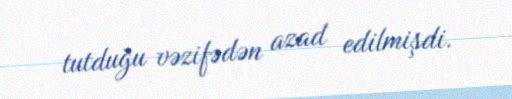
tutduğu vəzifədən azad edilmişdi.